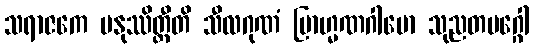
သရာဇကေ မနုဿိတ္ထီတိ သီလဂုဏံ ဗြာဟ္မဏဂါမော သုညတမဂ္ဂေါ